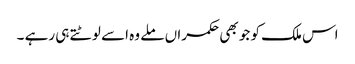
اس ملک کو جو بھی حکمراں ملے وہ اسے لوٹتے ہی رہے ۔